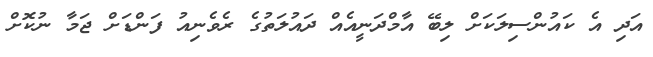
އަދި އެ ކައުންސިލަކަށް ލިބޭ އާމްދަނީއެއް ދައުލަތުގެ ރެވެނިއު ފަންޑަށް ޖަމާ ނުކޮށް